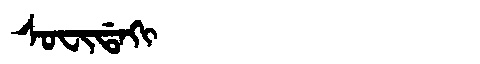
Manchu: ᠰᠣᠸᡳᡩᠠᡴᡳ
Romanization: SOFIDAKI